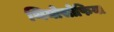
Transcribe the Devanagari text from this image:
थियोसोफिया